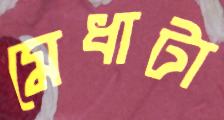
মেধাটা